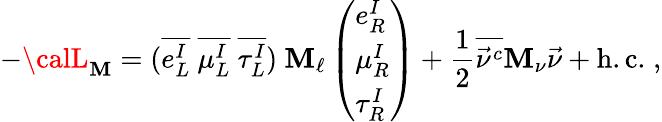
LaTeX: -{\calL}_{\mathbf{M}}=(\overline{{{{e_{L}^{I}}}}}\ \overline{{{{\mu_{L}^{I}}}}}\ \overline{{{{\tau_{L}^{I}}}}})\ \mathbf{M}_{\ell}\left(\begin{array}{l}{{e_{R}^{I}}}\\ {{\mu_{R}^{I}}}\\ {{\tau_{R}^{I}}}\end{array}\right)+\frac{{1}}{{2}}\overline{{{{\vec{{\nu}}^{c}}}}}\mathbf{M}_{\nu}\vec{{\nu}}+\mathrm{{h.c.}}\; ,